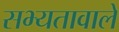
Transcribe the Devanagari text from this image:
सभ्यतावाले